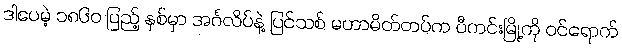
ဒါပေမဲ့ ၁၈၆၀ ပြည့် နှစ်မှာ အင်္ဂလိပ်နဲ့ ပြင်သစ် မဟာမိတ်တပ်က ပီကင်းမြို့ကို ဝင်ရောက်